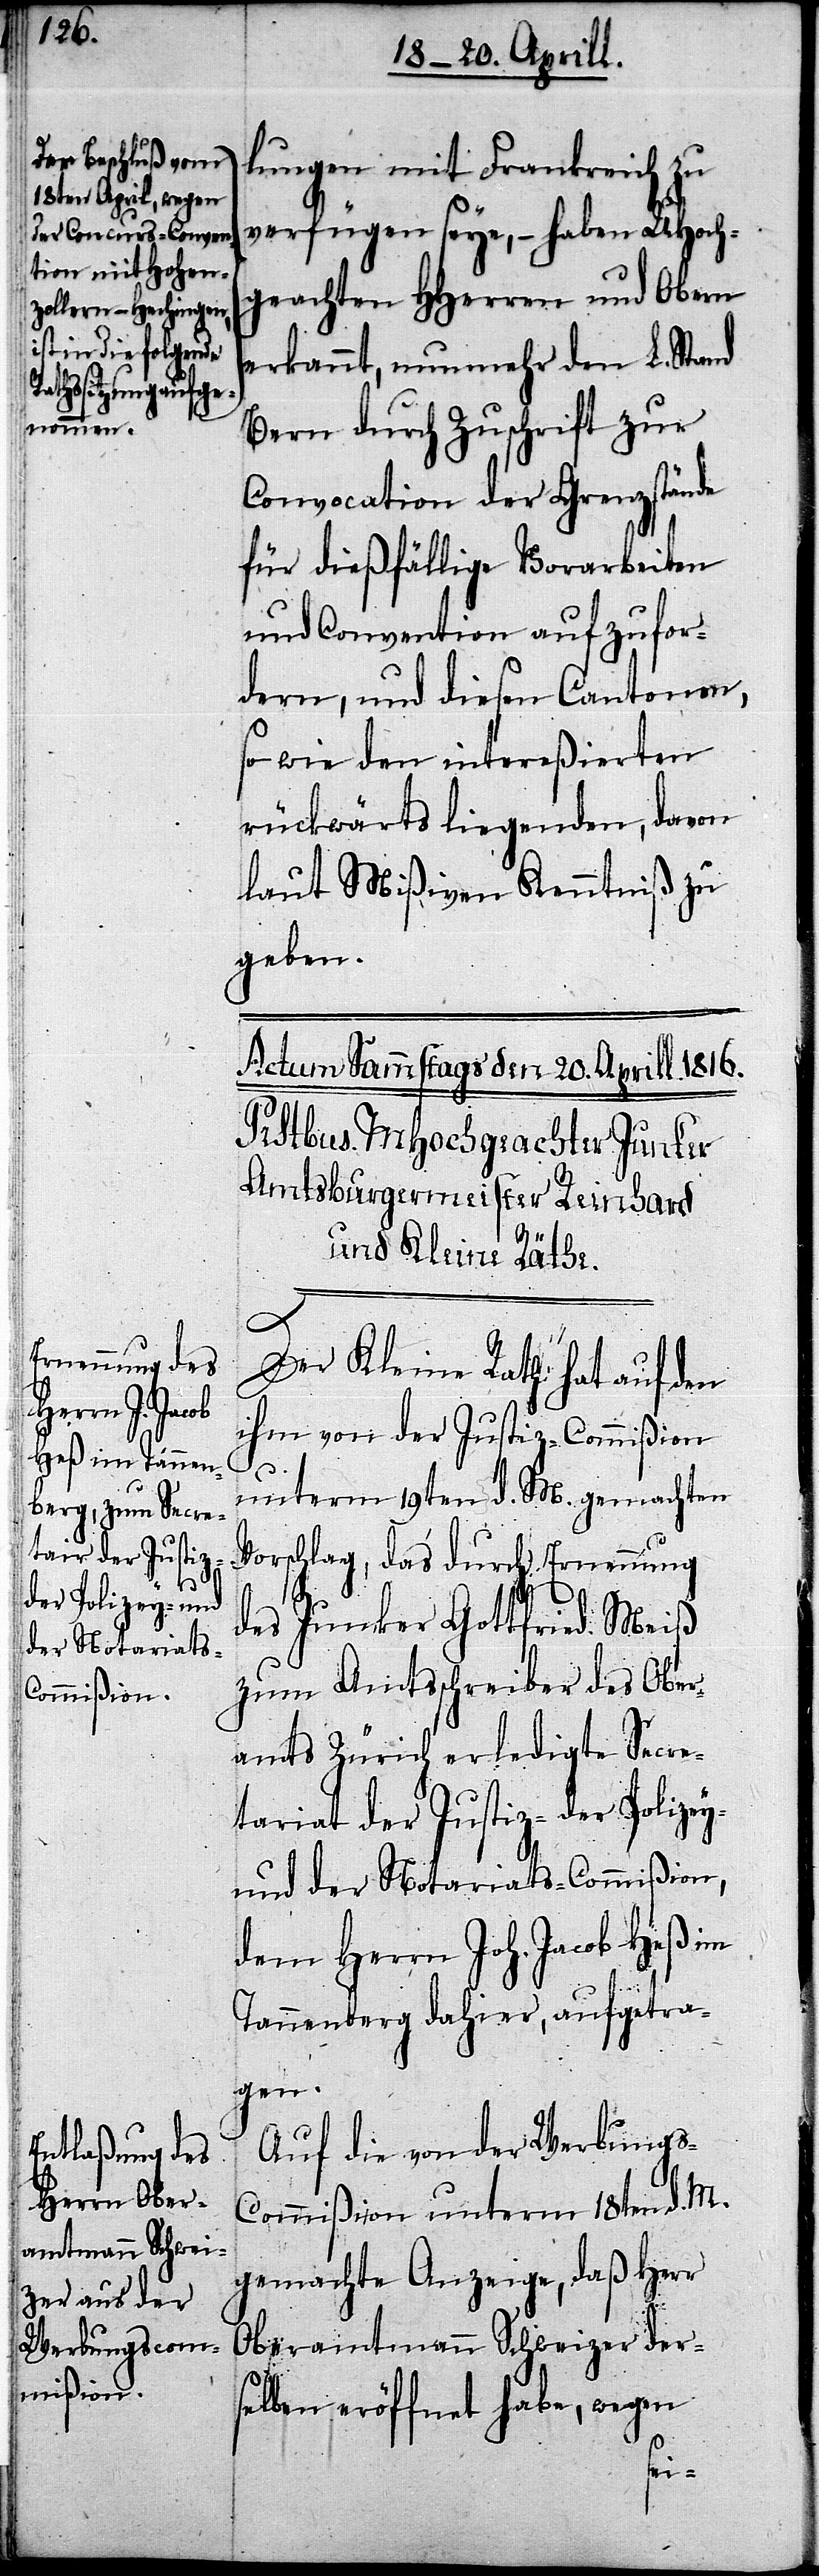
a-Der Beschluß vom
18ten April, wegen
der Concurs-Conven¬
tion mit Hohen¬
zollern-Hechingen,
ist in die folgende
Rathssitzung aufge¬
nommen.-a

lungen mit Frankreich zu
verfügen seye,– haben UHoch¬
geachten HHerren und Obern
erkannt, nunmehr den L. Stand
Bern durch Zuschrift zur
Convocation der Grenzstände
für dießfällige Vorarbeiten
und Convention aufzufor¬
dern, und diesen Cantonen,
so wie den intereßierten
rückwärts liegenden, davon
laut Mißiven Kenntniß zu
geben.
Der Kleine Rath hat auf den
ihm von der Justiz-Commißion
unterm 19ten d. M. gemachten
Vorschlag, das durch Ernennung
des Junker Gottfried Meiß
zum Amtsschreiber des Ober¬
amts Zürich erledigte Secre¬
tariat der Justiz-[,] der
und der Notariats-Commißion,
dem Herrn Joh. Jacob Heß im
Tannenberg dahier, aufgetra¬
gen.
Auf die von der Werbung¬
s-Commißion unterm 18ten d. M.
gemachte Anzeige, daß Herr
Oberamtmann Schweizer ders¬
elben eröffnet habe, wegen